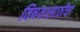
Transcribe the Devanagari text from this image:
विषयासाठीचा